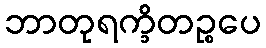
ဘာတုရက္ခိတဉ္စပေ